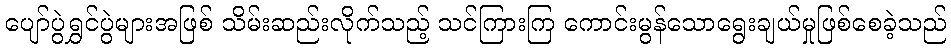
ပျော်ပွဲရွှင်ပွဲများအဖြစ် သိမ်းဆည်းလိုက်သည့် သင်ကြားကြ ကောင်းမွန်သောရွေးချယ်မှုဖြစ်စေခဲ့သည်